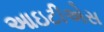
આઇટીએસ